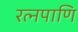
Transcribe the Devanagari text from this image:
रत्नपाणि